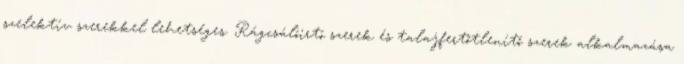
szelektív szerekkel lehetséges. Rágcsálóirtó szerek és talajfertőtlenítő szerek alkalmazása